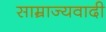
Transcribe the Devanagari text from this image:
साम्राज्‍यवादी